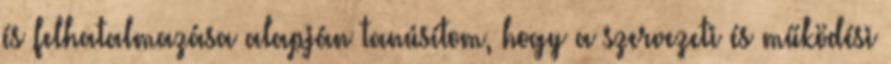
és felhatalmazása alapján tanúsítom, hogy a szervezeti és működési